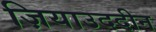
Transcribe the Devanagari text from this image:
ज़ियाउददीन